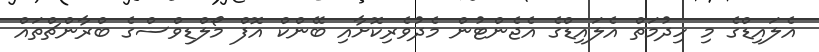
އެލައިޑްގެ މި ހިދުމަތް އެލައިޑްގެ އެޖެންޓުން މެދުވެރިކޮށާއި ބޭންކް އޮފް މޯލްޑިވްސްގެ ބްރާންޗްތައް